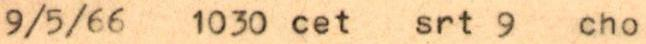
9/5/66 1030 cet srt 9 cho